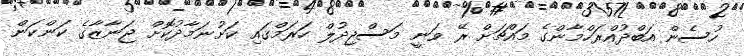
ހުސެން އަބްދުއްރަހްމާންގެ މައްޗަށް ރޭ ވަނީ މަސްޖިދުލް ހަރަމްގައި ކަށުނަމާދުކޮށް ޖަނާޒާގެ ކަންކަން